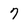
Character: 7